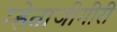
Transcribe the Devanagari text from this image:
म्हेताजीगीरी